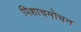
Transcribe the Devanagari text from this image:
पिशाचमोचन